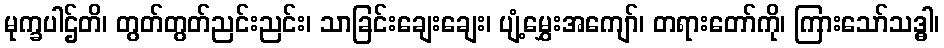
မုက္ခပါဌ်တိ၊ တွတ်တွတ်ညင်းညင်း၊ သာခြင်းချေးချေး၊ ပျံ့မွှေးအကျော်၊ တရားတော်ကို၊ ကြားသော်သဒ္ဓါ၊